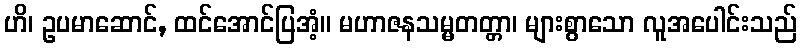
ဟိ၊ ဥပမာဆောင်, ထင်အောင်ပြအံ့။ မဟာဇနသမ္မတတ္တာ၊ များစွာသော လူအပေါင်းသည်